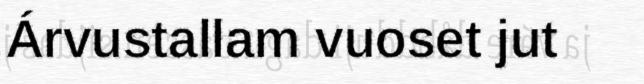
Árvustallam vuoset jut